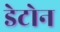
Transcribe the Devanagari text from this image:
डेटोन